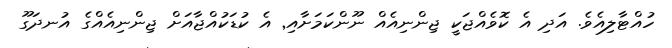
ހުއްޓާލިއެވެ. އަދި އެ ކޮވެއްޖަކީ ޖިންނިއެއް ނޫންކަމަށާއި